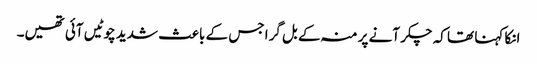
انکا کہنا تھا کہ چکر آنے پر منہ کے بل گرا جس کے باعث شدید چوٹیں آئی تھیں۔